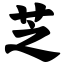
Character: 芝